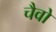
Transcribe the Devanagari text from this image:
चैवो